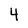
Character: 4